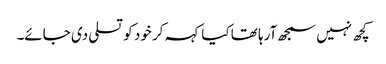
کچھ نہیں سمجھ آرہا تھا کیا کہہ کر خود کو تسلی دی جائے۔